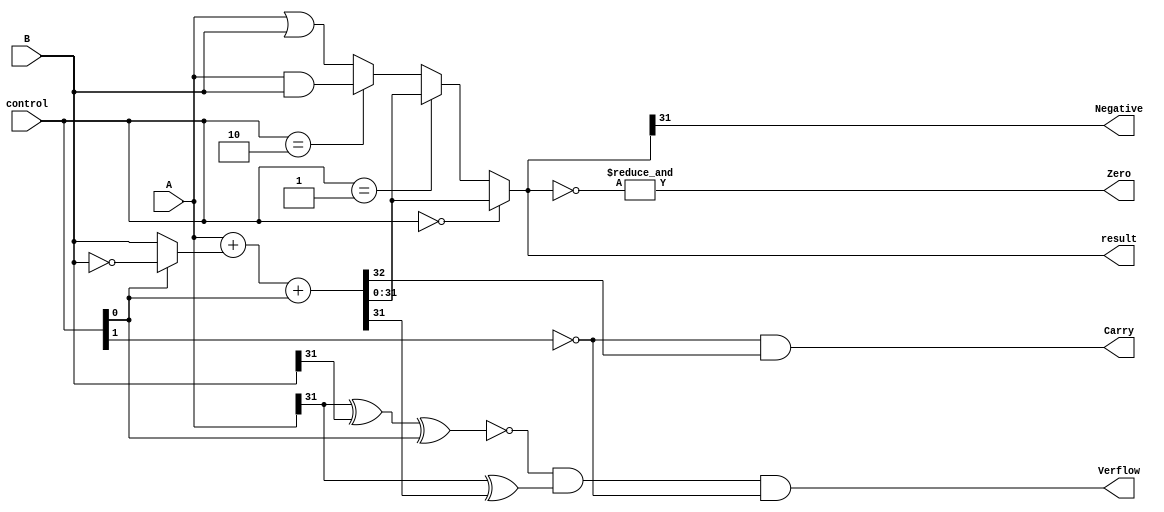
module ALU(A,B,result,control,Verflow,Carry,Negative,Zero);

    input [31:0]A,B;
    input [1:0]control;
    
    output [31:0]result;
    output Verflow,Carry,Negative,Zero;

    wire Cout;
    wire [31:0]A_or_B,A_and_B,B_not,A_sum_B;
    wire A_xor_sum,A_xnor_B_xnor_control,control_1_not;
    wire [31:0]S1;

    // Interim Outputs
    assign A_or_B = A | B;
    assign A_and_B = A & B;
    assign B_not = ~B;
    assign S1 = (control[0] == 1'b1) ? B_not : B;
    assign {Cout,A_sum_B} = A+S1+control[0];
    assign A_xor_sum = A[31]^A_sum_B[31];
    assign A_xnor_B_xnor_control = ~(A[31]^B[31]^control[0]);
    assign control_1_not = ~(control[1]);
    // Flags
    assign Verflow = A_xnor_B_xnor_control & A_xor_sum & control_1_not;
    assign Zero = &(~result);
    assign Negative = result[31];
    assign Carry = control_1_not & Cout;
    // Final Output
    assign result = (control == 2'b00) ? A_sum_B : (control == 2'b01) ? A_sum_B : (control == 2'b10) ? A_and_B : A_or_B ;


endmodule